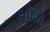
સાઁચો